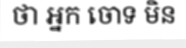
ថា អ្នក ចោទ មិន